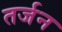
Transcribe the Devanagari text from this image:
तर्जन